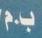
ب . م